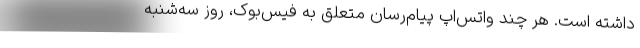
داشته است. هر چند واتس‌اپ پیام‌رسان متعلق به فیس‌بوک، روز سه‌شنبه